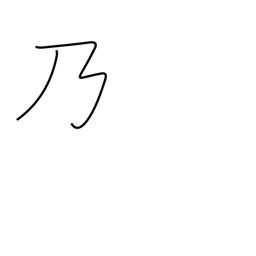
Meaning: possessive particle